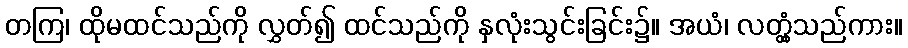
တကြ၊ ထိုမထင်သည်ကို လွှတ်၍ ထင်သည်ကို နှလုံးသွင်းခြင်း၌။ အယံ၊ လတ္တံ့သည်ကား။